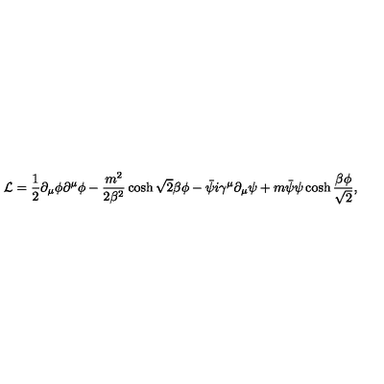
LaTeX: { \cal L } = \frac 1 2 \partial _ { \mu } \phi \partial ^ { \mu } \phi - \frac { m ^ { 2 } } { 2 \beta ^ { 2 } } \cosh \sqrt 2 \beta \phi - \bar { \psi } i \gamma ^ { \mu } \partial _ { \mu } \psi + m \bar { \psi } \psi \cosh \frac { \beta \phi } { \sqrt 2 } ,